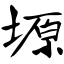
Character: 塬